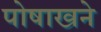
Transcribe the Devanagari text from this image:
पोषाखने